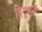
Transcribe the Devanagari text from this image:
विद्वशाल